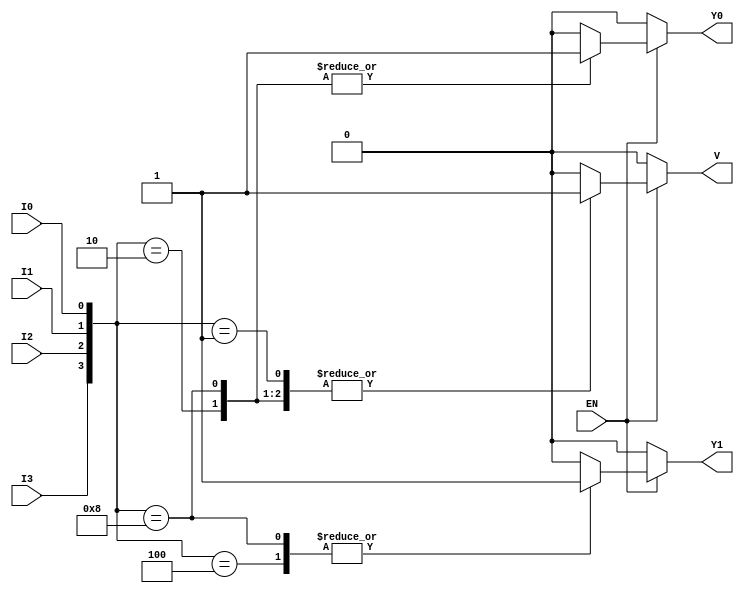
module encoder_4to2 (
    input wire I3,     // Input 3 (highest priority)
    input wire I2,     // Input 2
    input wire I1,     // Input 1
    input wire I0,     // Input 0 (lowest priority)
    input wire EN,     // Enable signal
    output reg Y1,     // Output 1
    output reg Y0,     // Output 0
    output reg V       // Valid signal
);

// Combinational logic for the encoder
always @(*) begin
    if (EN) begin
        case ({I3, I2, I1, I0}) // Concatenate inputs for easier handling
            4'b0000: begin
                Y1 = 0;
                Y0 = 0;
                V = 0; // No valid input
            end
            4'b0001: begin
                Y1 = 0;
                Y0 = 0;
                V = 1; // Valid input from I0
            end
            4'b0010: begin
                Y1 = 0;
                Y0 = 1;
                V = 1; // Valid input from I1
            end
            4'b0100: begin
                Y1 = 1;
                Y0 = 0;
                V = 1; // Valid input from I2
            end
            4'b1000: begin
                Y1 = 1;
                Y0 = 1;
                V = 1; // Valid input from I3
            end
            default: begin
                Y1 = 0;
                Y0 = 0;
                V = 0; // Default case for any other combination
            end
        endcase
    end else begin
        // When EN is low, set outputs to default
        Y1 = 0;
        Y0 = 0;
        V = 0; // No valid output when disabled
    end
end

endmodule